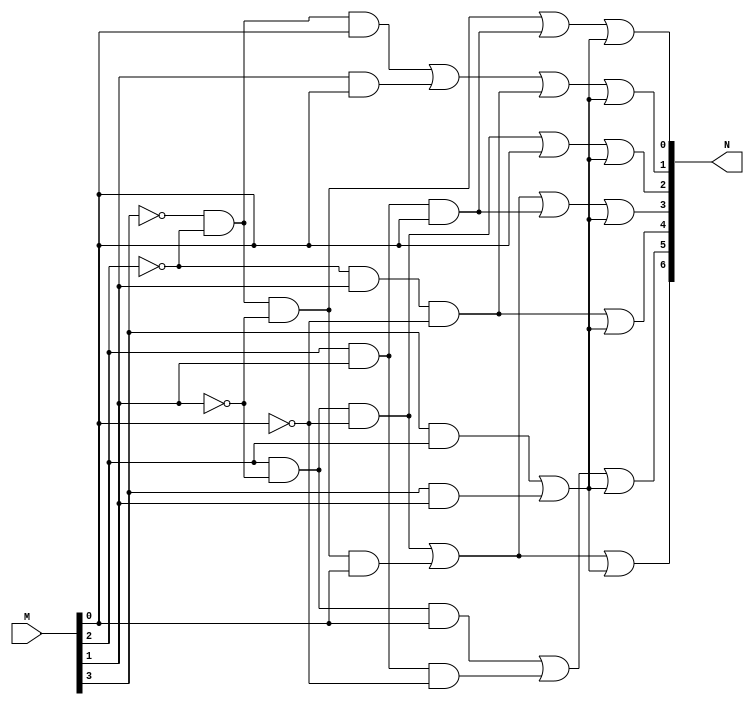
//This is the dataflow code for a code converter that drives an active low seven-segment display	

module code_con (M,N);
	input [3:0]M;      //declare ports
	output [6:0]N;
	wire T1;           //declare internal wire
	
	assign T1 = (M[3]&M[2])|(M[3]&M[1]),             //logic statement used in all outputs
			N[6] = (M[2]&~M[1]&~M[0])|(~M[3]&~M[2]&~M[1]&M[0])|T1,
			N[5] = (M[2]&~M[1]&M[0])|(M[2]&M[1]&~M[0])|T1,
			N[4] = (~M[2]&M[1]&~M[0])|T1,
			N[3] = (M[2]&~M[1]&~M[0])|(~M[3]&~M[2]&~M[1]&M[0])|(M[2]&M[1]&M[0])|T1,
			N[2] = (M[2]&~M[1]&~M[0])|M[0]|T1,
			N[1] = (~M[3]&~M[2]&M[0])|(M[1]&M[0])|(~M[2]&M[1]&~M[0])|T1,
			N[0] = (~M[3]&~M[2]&~M[1])|(M[2]&M[1]&M[0])|T1;
			
endmodule